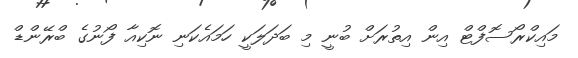
މައިކްރޯސޮފްޓް އިން އިތުރަށް ބުނީ މި ބަދަލަކީ ހަމައެކަނި ނޮކިއާ ފޯނުގެ ބްރޭންޑް